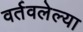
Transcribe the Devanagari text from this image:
वर्तवलेल्या